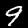
Label: 9